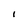
Character: l